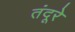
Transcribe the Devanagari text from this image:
तंदूरे